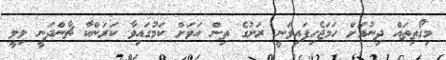
މިގޯތިތައް ދިނުމަށް ހަމަޖެހިފައިވަނީ ރަށުގެ ތިން އަވަށް ކަމުގައިވާ ކަރަންކާ ޗާންދަނީ ލިލީ